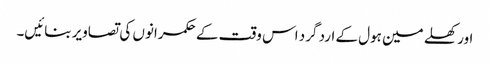
اور کھلے مین ہول کے ارد گرد اس وقت کے حکمرانوں کی تصاویر بنائیں۔